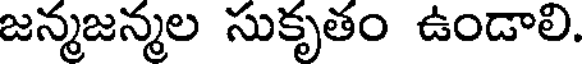
జన్మజన్మల సుకృతం ఉండాలి.